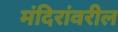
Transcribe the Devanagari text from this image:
मंदिरांवरील